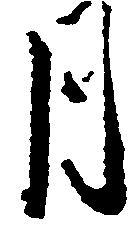
月